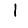
Digit: 1